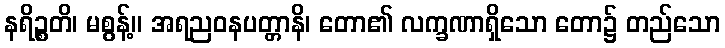
နရိဉ္စတိ၊ မစွန့်။ အရညဝနပတ္တာနိ၊ တော၏ လက္ခဏာရှိသော တော၌ တည်သော